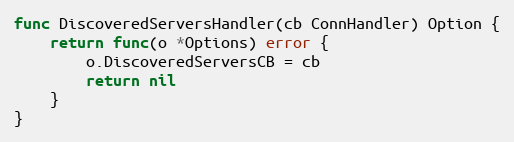
Language: Go
func DiscoveredServersHandler(cb ConnHandler) Option {
	return func(o *Options) error {
		o.DiscoveredServersCB = cb
		return nil
	}
}